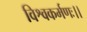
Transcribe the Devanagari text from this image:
विश्वकर्मणः।।